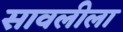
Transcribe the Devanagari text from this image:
सावलीला